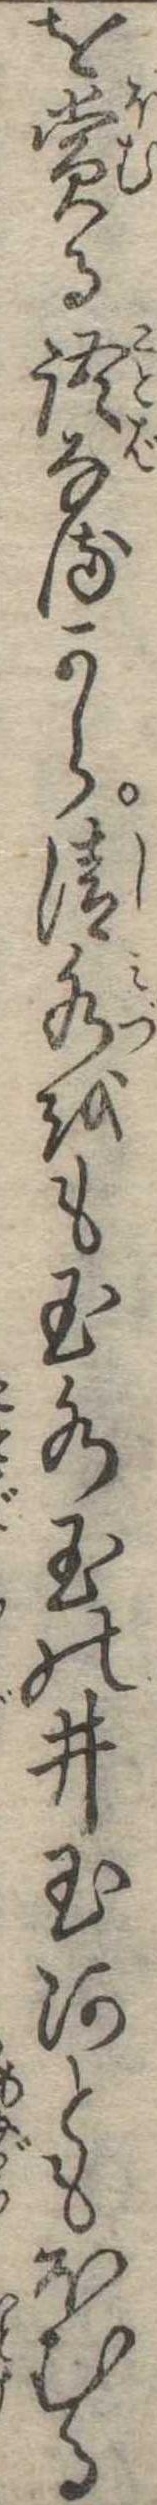
を賞る語なるから清水をも玉水玉の井玉河ともほむる